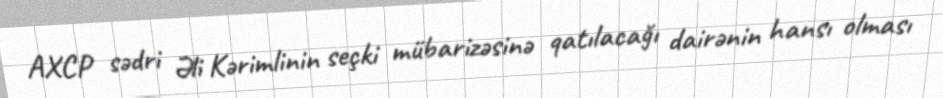
AXCP sədri Əli Kərimlinin seçki mübarizəsinə qatılacağı dairənin hansı olması